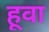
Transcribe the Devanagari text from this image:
हूवा